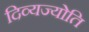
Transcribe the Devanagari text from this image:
दिव्यज्योति